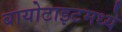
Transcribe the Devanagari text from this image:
बायोटाइटमध्ये